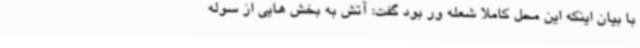
با بیان اینکه این محل کاملا شعله ور بود گفت: آتش به بخش هایی از سوله